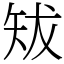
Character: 𥎱